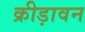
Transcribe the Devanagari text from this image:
क्रीड़ावन